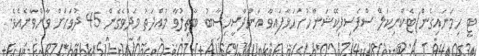
ޓީ ހިމަނައިގެން)ޓެކްނިކަލް ސްޕެސިފިކޭޝަންހުށަހަޅާފައިވާ އަންދާސީހިސާބު ބާޠިލުވާ މުއްދަތު މަދުވެގެން 45 ދުވަހަށް ވާންވާނެއެވެ.